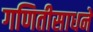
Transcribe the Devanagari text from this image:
गणितीसाधने